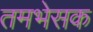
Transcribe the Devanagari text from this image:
तमभेसक